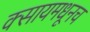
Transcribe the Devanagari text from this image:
क्सायमधूनच